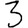
Digit: 3